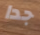
جدا